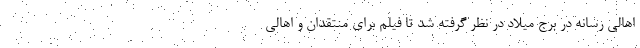
اهالی رسانه در برج میلاد در نظر گرفته شد تا فیلم برای منتقدان و اهالی